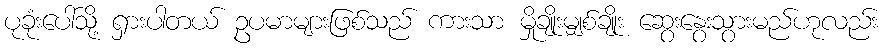
ပုခုံးပေါ်သို့ ရှားပါတယ် ဥပမာများဖြစ်သည် ကားသာ မှိုချိုးမျှစ်ချိုး ဆွေးနွေးသွားမည်ဟုလည်း